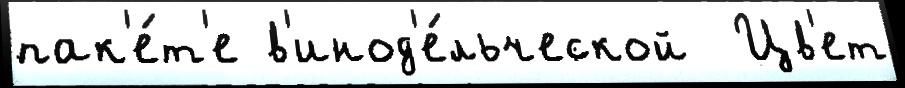
пак'е́т'е в'инод'е́льческой  Цв'ет